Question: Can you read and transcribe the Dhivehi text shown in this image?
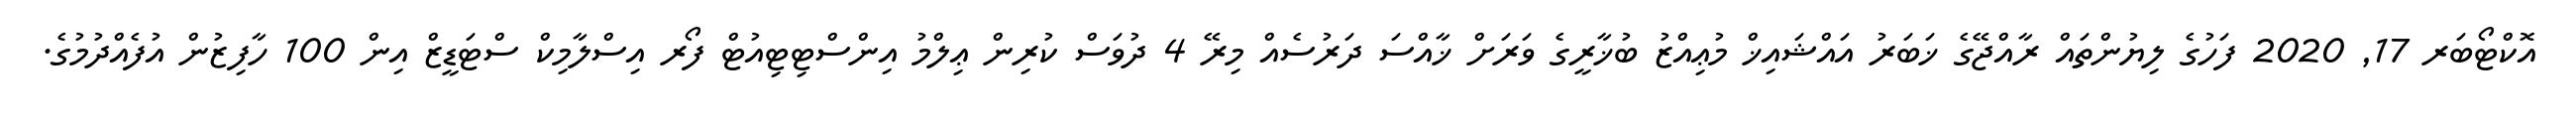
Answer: އޮކްޓޯބަރ 17, 2020 ފަހުގެ ލިޔުންތައް ރާއްޖޭގެ ޚަބަރު އައްޝައިޚް މުޢިއްޒު ބުޚާރީގެ ވަރަށް ޚާއްސަ ދަރުސެއް މިރޭ 4 ދުވަސް ކުރިން ޢިލްމު އިންސްޓިޓިއުޓް ފޯރ އިސްލާމިކް ސްޓަޑީޒް އިން 100 ހާފިޒުން އުފެއްދުމުގެ.